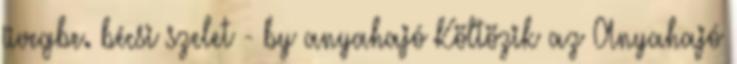
üvegbe. bécsi szelet - by anyahajó Költözik az Anyahajó